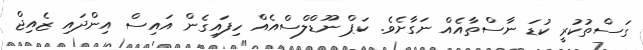
ގަސްތުކުރީ ކުޑަ ނާސްތާއެއް ނަގާށެވެ. ކަޕް ނޫޑްލްސްއެއް ހިފައިގެން އައިސް އިންދައި ޒެއިޖް